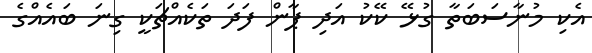
އެކި މުނާސަބަތާ ގުޅޭ ކޭކު އަދި ޕާން ފަދަ ތަކެއްޗަކީ ގިނަ ބައެއްގެ